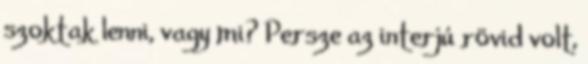
szoktak lenni, vagy mi? Persze az interjú rövid volt,